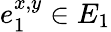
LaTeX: e_{1}^{x,y}\in E_{1}